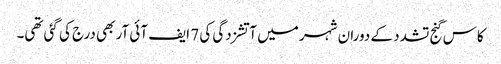
کاس گنج تشدد کے دوران شہر میں آتشزدگی کی 7 ایف آئی آر بھی درج کی گئی تھی۔